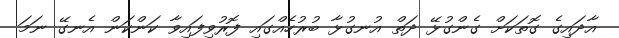
އާދައިގެ ގޮތަކަށް ގެންގުޅޭ ދަތް އުނގުޅާ ބުރުހެއްގައި ފޮރުވިފައިވާ ކަންކަން އެނގޭ ނަމަ